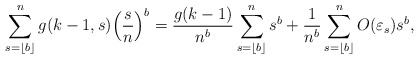
\begin{align*}\sum_{s=\lfloor{b}\rfloor}^{n}g(k-1,s)\Big(\frac{s}{n}\Big)^b=\frac{g(k-1)}{n^b} \sum_{s=\lfloor{b}\rfloor}^{n}s^b+\frac{1}{n^b} \sum_{s=\lfloor{b}\rfloor}^{n}O(\varepsilon_s) s^b,\end{align*}